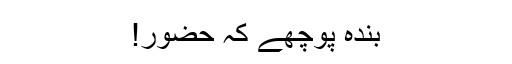
بندہ پوچھے کہ حضور!